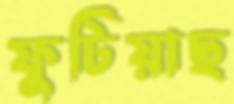
ফুটিয়াছ